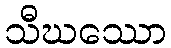
သီဃဿော